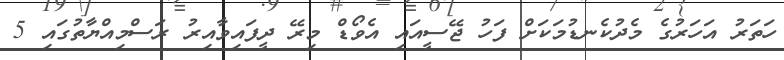
ހަތަރު އަހަރުގެ މެދުކެނޑުމަކަށް ފަހު ޖޭސީއައި އެވޯޑް މިރޭ ދީފައިވާއިރު ރަސްމިއްޔާތުގައި 5